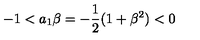
- 1 < a _ { 1 } \beta = - \frac { 1 } { 2 } ( 1 + \beta ^ { 2 } ) < 0